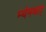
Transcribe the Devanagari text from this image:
म्येनचाट्